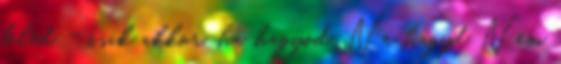
beléd - csak akkor, ha hagyod. Ne hagyd Nem